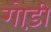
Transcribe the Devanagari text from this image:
गोड़ी